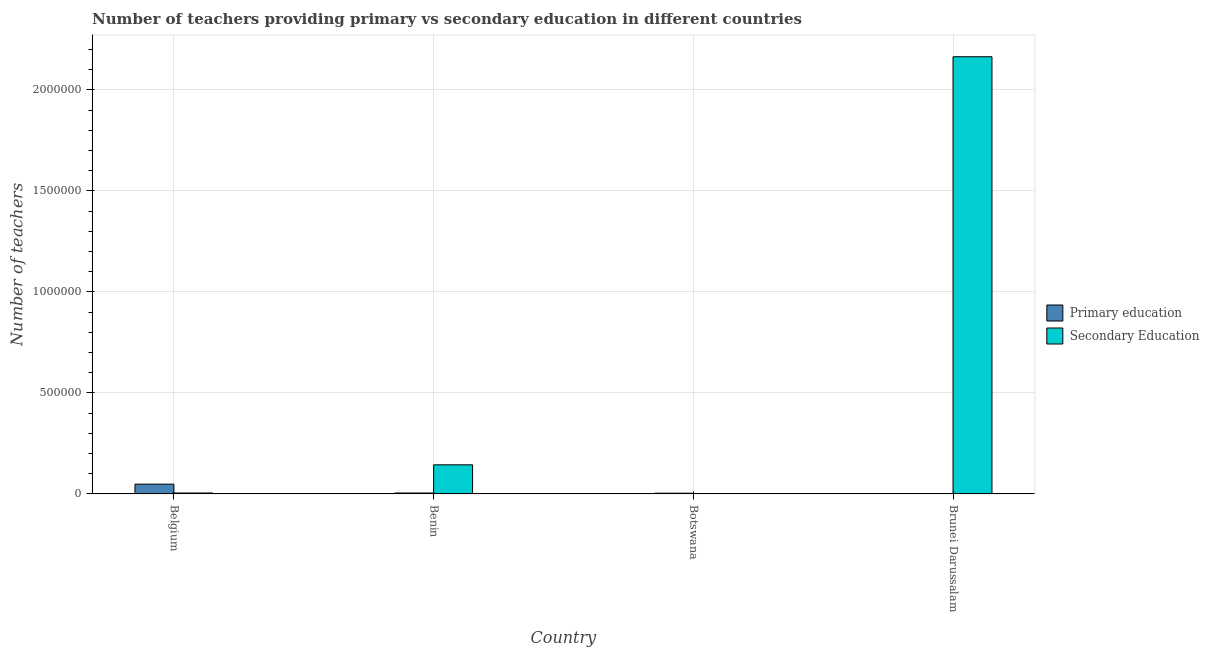
| Country | Primary education | Secondary Education |
 | --- | --- | --- |
 | Belgium | 4.86e+04 | 4.80e+03 |
 | Benin | 4.86e+03 | 1.44e+05 |
 | Botswana | 3.92e+03 | 106 |
 | Brunei Darussalam | 1.68e+03 | 2.16e+06 |